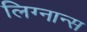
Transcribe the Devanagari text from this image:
लिग्नान्स